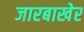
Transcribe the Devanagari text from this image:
जारबाखेर